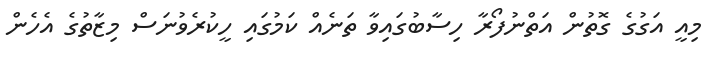
މިއީ އަގުގެ ގޮތުން އަތްނުފޯރާ ހިސާބުގައިވާ ތަނެއް ކަމުގައި ހީކުރެވުނަސް މިޒާތުގެ އެހެން